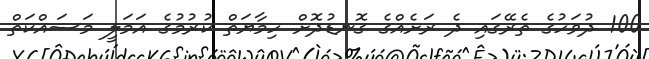
100 ދުވަހުގެ ތެރޭގައި ދެ ރަށެއްގެ ގޮނޑުދޮށް ހިމާޔަތް ކުރުމުގެ އަމަލީ މަސައްކަތް